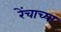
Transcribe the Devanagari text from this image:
रेंचाच्या